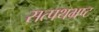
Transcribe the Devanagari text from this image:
सत्पथभ्रष्ट